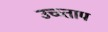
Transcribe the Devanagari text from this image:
उच्च्ताप